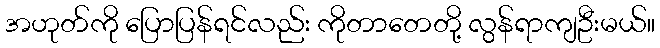
အဟုတ်ကို ပြောပြန်ရင်လည်း ကိုတာတေတို့ လွန်ရာကျဦးမယ်။